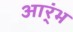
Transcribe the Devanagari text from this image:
आर्ंभ